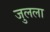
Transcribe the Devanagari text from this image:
जुलला